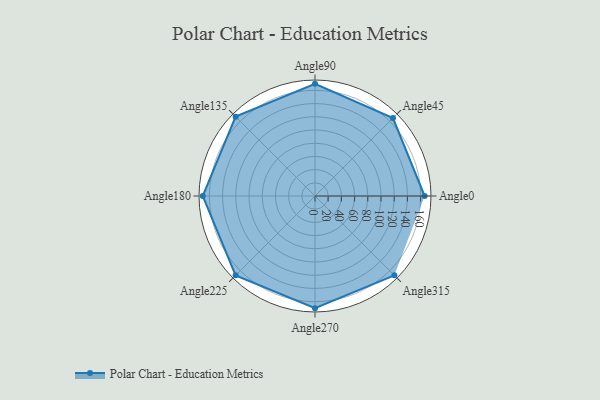
{"axis": {"x": "Angle", "y": "Radius"}, "legend": [""], "data": [{"x": "Angle0", "y": 166.0, "type": ""}, {"x": "Angle45", "y": 167.0, "type": ""}, {"x": "Angle90", "y": 170, "type": ""}, {"x": "Angle135", "y": 170, "type": ""}, {"x": "Angle180", "y": 170, "type": ""}, {"x": "Angle225", "y": 170, "type": ""}, {"x": "Angle270", "y": 170, "type": ""}, {"x": "Angle315", "y": 170, "type": ""}]}